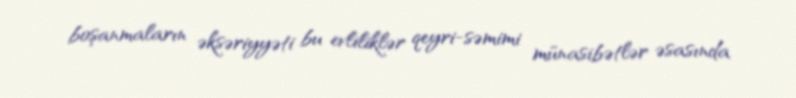
boşanmaların əksəriyyəti bu evliliklər qeyri-səmimi münasibətlər əsasında